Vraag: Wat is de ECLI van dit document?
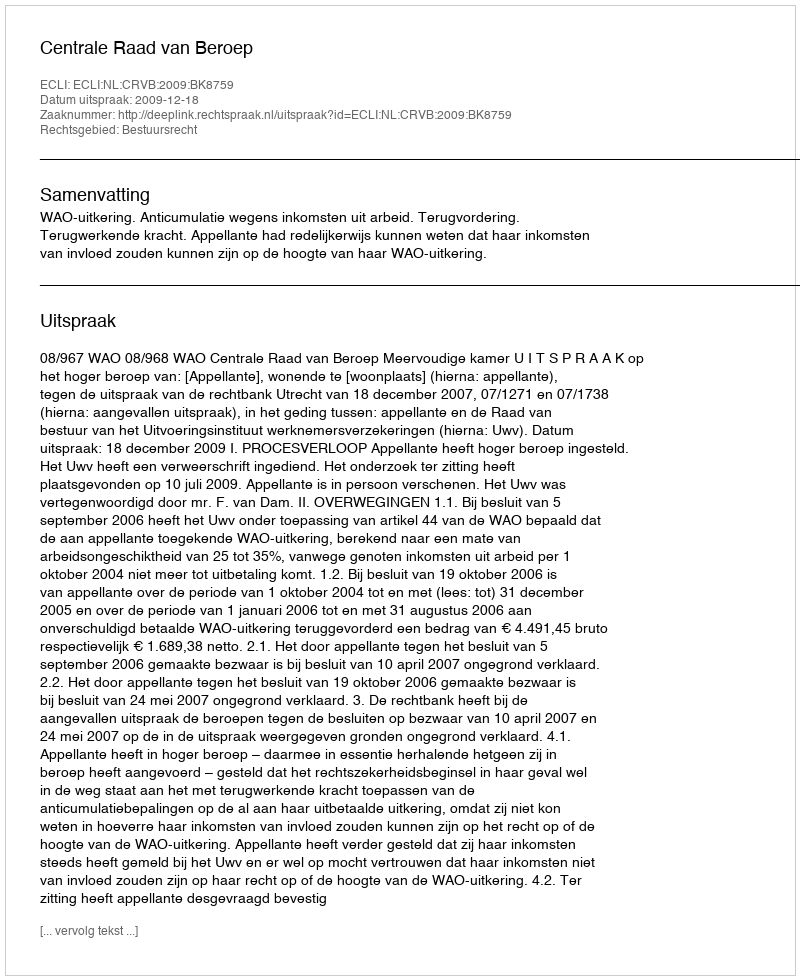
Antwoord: ECLI:NL:CRVB:2009:BK8759